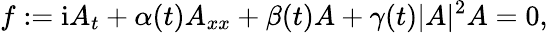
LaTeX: f:=\mathrm{{i}}A_{t}+\alpha(t)A_{xx}+\beta(t)A+\gamma(t)|A|^{2}A=0,